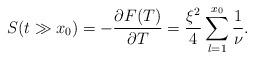
LaTeX: \begin{align*}S(t \gg x_0)= -\frac{\partial F(T)}{\partial T}=\frac{\xi^2}{4}\sum_{l=1}^{x_0} \frac{1}{\nu}.\end{align*}